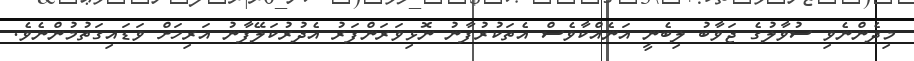
މިދެންނެވި ސުވާލުގެ ޖަވާބު ލިބެނީ އަނެއްކާވެސް އެތަކުރުފާނު ނޮޅިވަރަންފަރު އެދުރުކަލޭފާނު އަރިހަށް ވަޑައިގަތުމުންނެވެ.